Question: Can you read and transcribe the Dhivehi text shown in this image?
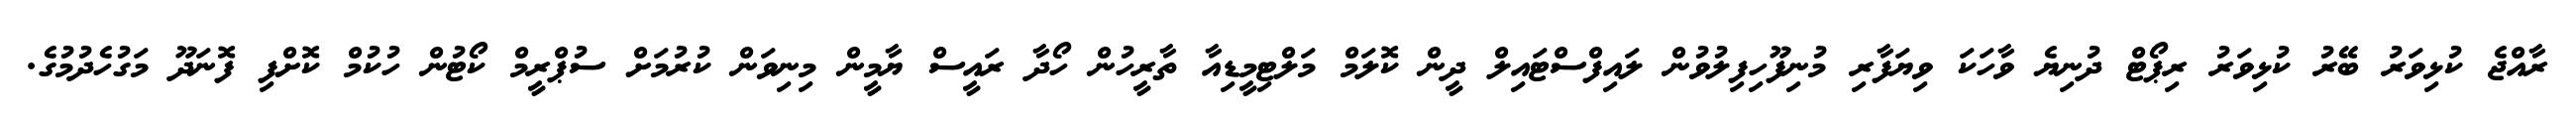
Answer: ރާއްޖެ ކުޅިވަރު ބޭރު ކުޅިވަރު ރިޕޯޓް ދުނިޔެ ވާހަކަ ވިޔަފާރި މުނިފޫހިފިލުވުން ލައިފްސްޓައިލް ދީން ކޮލަމް މަލްޓިމީޑިއާ ތާރީހުން ހޯދާ ރައީސް ޔާމީން މިނިވަން ކުރުމަށް ސުޕްރީމް ކޯޓުން ހުކުމް ކޮށްފި ފޮނަދޫ މަގުހެދުމުގެ.